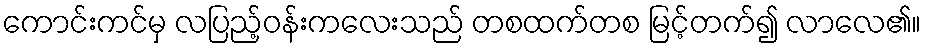
ကောင်းကင်မှ လပြည့်ဝန်းကလေးသည် တစထက်တစ မြင့်တက်၍ လာလေ၏။